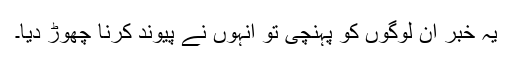
یہ خبر ان لوگوں کو پہنچی تو انہوں نے پیوند کرنا چھوڑ دیا۔